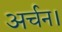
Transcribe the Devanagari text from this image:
अर्चन।